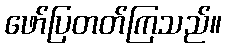
ဖော်ပြတတ်ကြသည်။